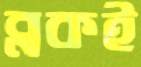
ব্লকই